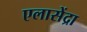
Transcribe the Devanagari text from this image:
एलासेंद्रा